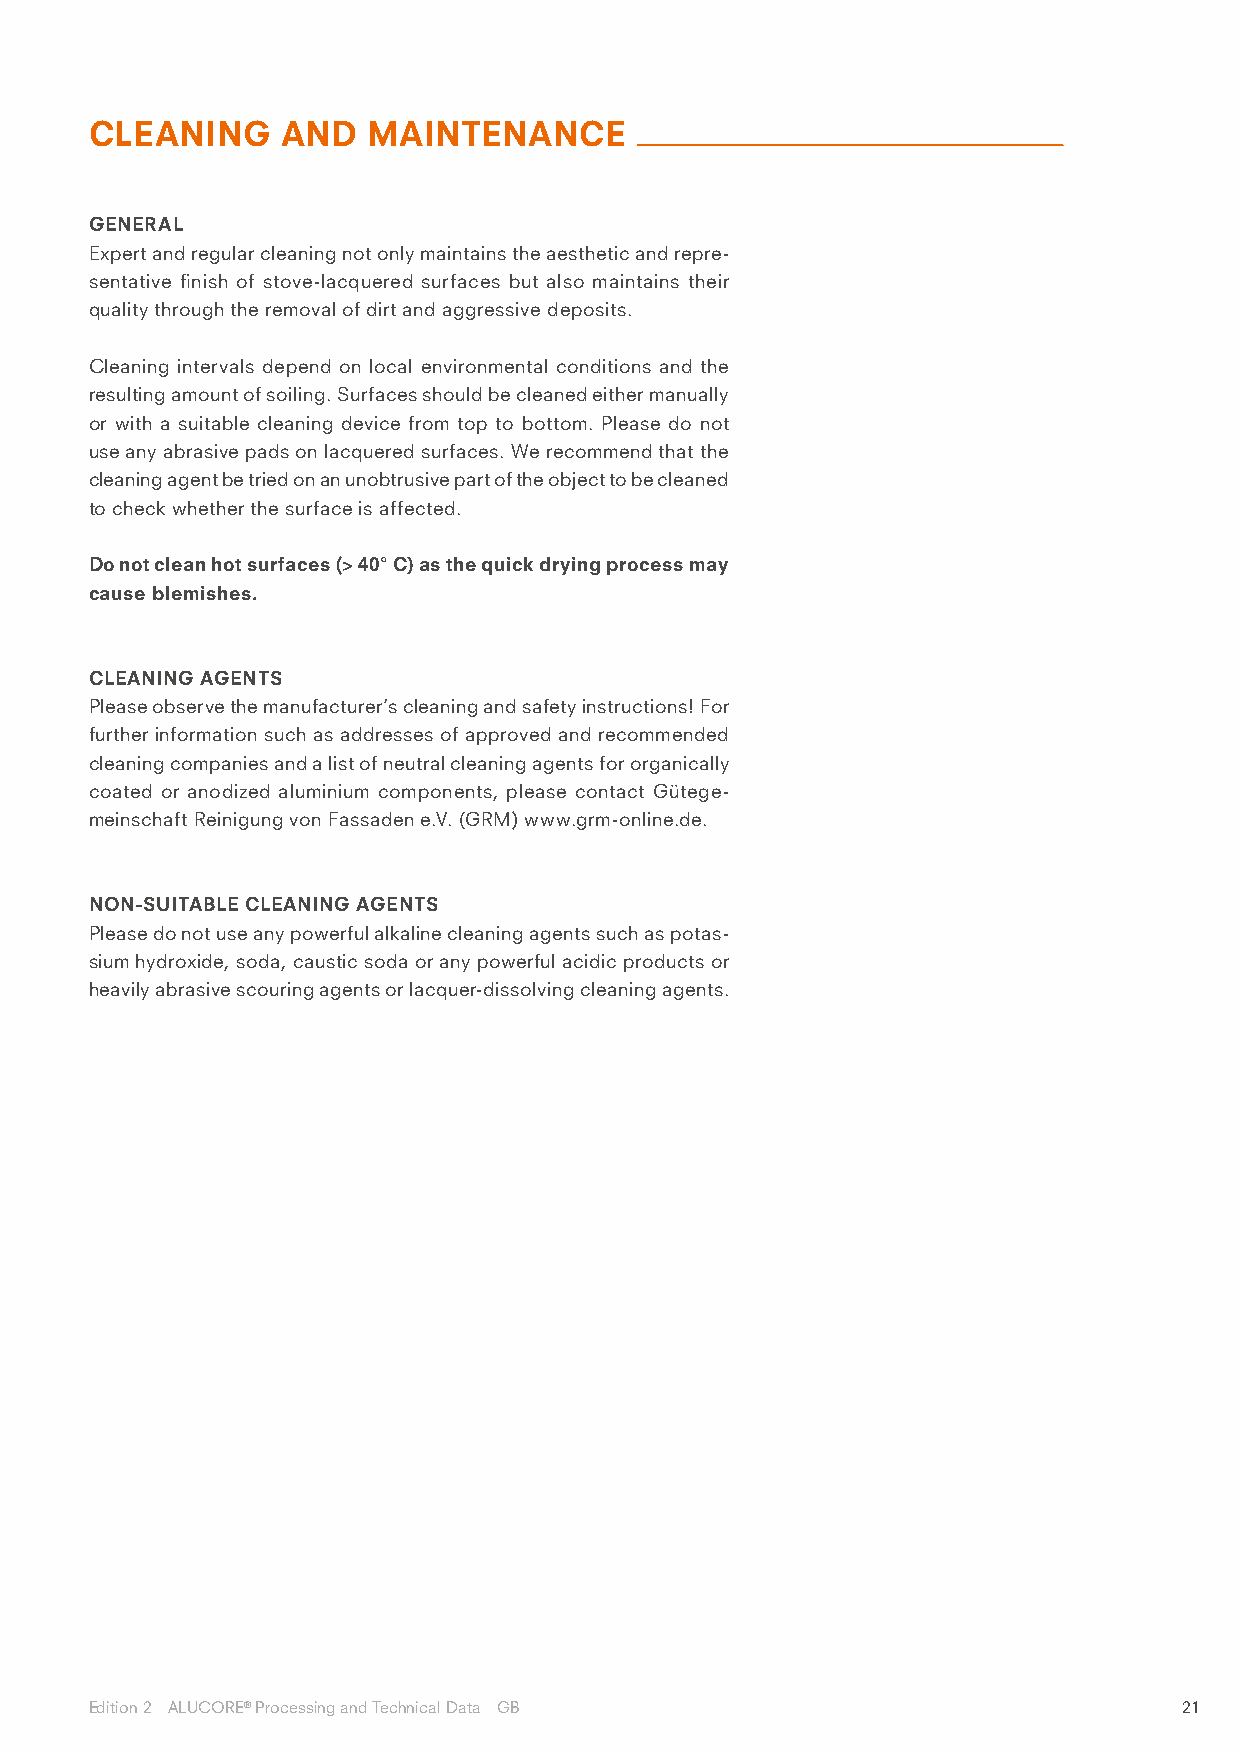
CLEANING     AND  MAINTENANCE
 GENERAL
 Expert and regular cleaning not only maintains the aesthetic and repre-
 sentative finish of stove-lacquered surfaces but also maintains their
 quality through the removal of dirt and aggressive deposits.
 Cleaning intervals depend on local environmental conditions and the
 resulting amount of soiling. Surfaces should be cleaned either manually
 or with a suitable cleaning device from top to bottom. Please do not
 use any abrasive pads on lacquered surfaces. We recommend that the
 cleaning agent be tried on an unobtrusive part of the object to be cleaned
 to check whether the surface is affected.
 Do not clean hot surfaces (> 40° C) as the quick drying process may
 cause blemishes.
 CLEANING AGENTS
 Please observe the manufacturer’s cleaning and safety instructions! For
 further information such as addresses of approved and recommended
 cleaning companies and a list of neutral cleaning agents for organically
 coated or anodized aluminium components, please contact Gütege-
 meinschaft Reinigung von Fassaden e.V. (GRM) www.grm-online.de.
 NON-SUITABLE CLEANING AGENTS
 Please do not use any powerful alkaline cleaning agents such as potas-
 sium hydroxide, soda, caustic soda or any powerful acidic products or
 heavily abrasive scouring agents or lacquer-dissolving cleaning agents.
 Edition 2 ALUCORE® Processing and Technical Data GB                     21